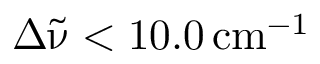
\Delta { \tilde { \upnu } } < 1 0 . 0 \, \mathrm { c m } ^ { - 1 }